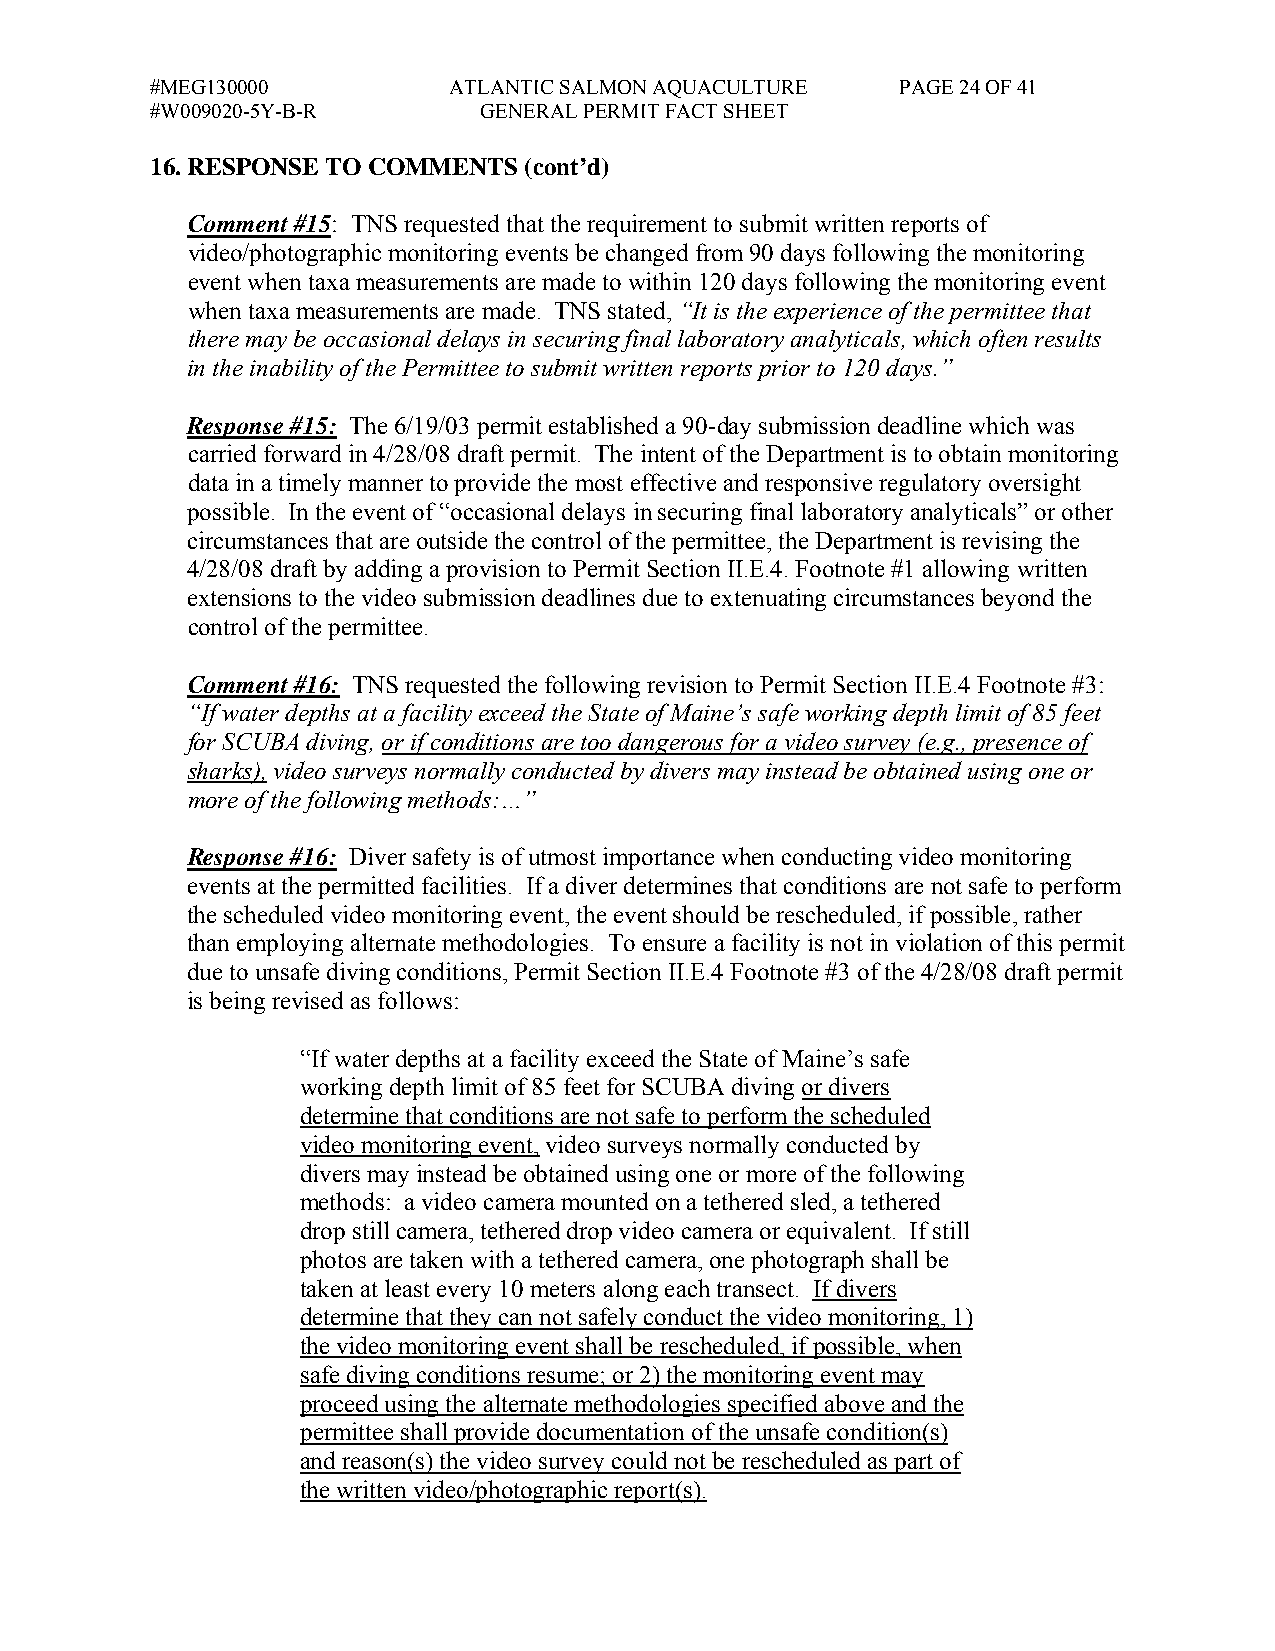
#MEG130000          ATLANTIC SALMON AQUACULTURE   PAGE 24 OF 41
 #W009020-5Y-B-R       GENERAL PERMIT FACT SHEET
 16. RESPONSE TO COMMENTS (cont’d)
 Comment #15: TNS requested that the requirement to submit written reports of
 video/photographic monitoring events be changed from 90 days following the monitoring
 event when taxa measurements are made to within 120 days following the monitoring event
 when taxa measurements are made. TNS stated, “It is the experience of the permittee that
 there may be occasional delays in securing final laboratory analyticals, which often results
 in the inability of the Permittee to submit written reports prior to 120 days.”
 Response #15: The 6/19/03 permit established a 90-day submission deadline which was
 carried forward in 4/28/08 draft permit. The intent of the Department is to obtain monitoring
 data in a timely manner to provide the most effective and responsive regulatory oversight
 possible. In the event of “occasional delays in securing final laboratory analyticals” or other
 circumstances that are outside the control of the permittee, the Department is revising the
 4/28/08 draft by adding a provision to Permit Section II.E.4. Footnote #1 allowing written
 extensions to the video submission deadlines due to extenuating circumstances beyond the
 control of the permittee.
 Comment #16: TNS requested the following revision to Permit Section II.E.4 Footnote #3:
 “If water depths at a facility exceed the State of Maine’s safe working depth limit of 85 feet
 for SCUBA diving, or if conditions are too dangerous for a video survey (e.g., presence of
 sharks), video surveys normally conducted by divers may instead be obtained using one or
 more of the following methods:…”
 Response #16: Diver safety is of utmost importance when conducting video monitoring
 events at the permitted facilities. If a diver determines that conditions are not safe to perform
 the scheduled video monitoring event, the event should be rescheduled, if possible, rather
 than employing alternate methodologies. To ensure a facility is not in violation of this permit
 due to unsafe diving conditions, Permit Section II.E.4 Footnote #3 of the 4/28/08 draft permit
 is being revised as follows:
 “If water depths at a facility exceed the State of Maine’s safe
 working depth limit of 85 feet for SCUBA diving or divers
 determine that conditions are not safe to perform the scheduled
 video monitoring event, video surveys normally conducted by
 divers may instead be obtained using one or more of the following
 methods: a video camera mounted on a tethered sled, a tethered
 drop still camera, tethered drop video camera or equivalent. If still
 photos are taken with a tethered camera, one photograph shall be
 taken at least every 10 meters along each transect. If divers
 determine that they can not safely conduct the video monitoring, 1)
 the video monitoring event shall be rescheduled, if possible, when
 safe diving conditions resume; or 2) the monitoring event may
 proceed using the alternate methodologies specified above and the
 permittee shall provide documentation of the unsafe condition(s)
 and reason(s) the video survey could not be rescheduled as part of
 the written video/photographic report(s).